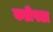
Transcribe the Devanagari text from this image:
कडीपता